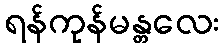
ရန်ကုန်မန္တလေး